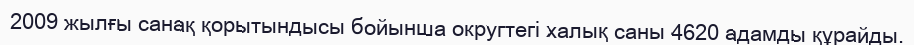
2009 жылғы санақ қорытындысы бойынша округтегі халық саны 4620 адамды құрайды.